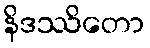
နိဒဿိတော